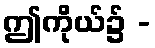
ဤကိုယ်၌ -